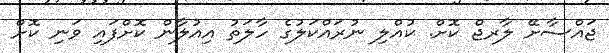
ޖައްސާށޭ ލާރޖް ކޮށް. ކުއްލި ނުރައްކަލުގެ ހާލަތު އިއުލާން ކޮށްފައި ވަނި ކޮށް